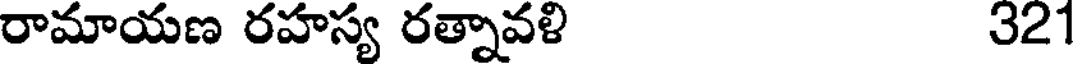
రామాయణ రహస్య రత్నావళి 321